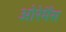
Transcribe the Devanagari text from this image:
ओरेमैंस